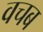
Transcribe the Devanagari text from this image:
वचब